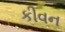
કીવન